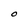
Character: O